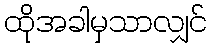
ထိုအခါမှသာလျှင်